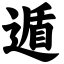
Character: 遁